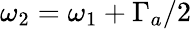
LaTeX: \omega_{2}=\omega_{1}+\Gamma_{a}/2